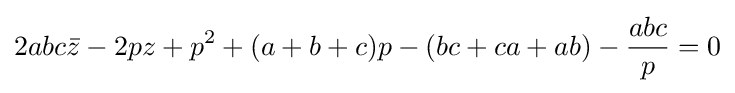
2abc{\bar {z}}-2pz+p^{2}+(a+b+c)p-(bc+ca+ab)-{\frac {abc}{p}}=0